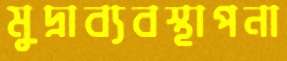
মুদ্রাব্যবস্থাপনা